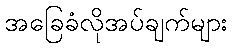
အခြေခံလိုအပ်ချက်များ